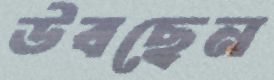
উবছেন